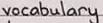
vocabulary